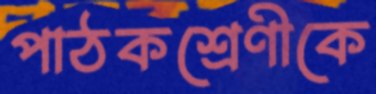
পাঠকশ্রেণীকে